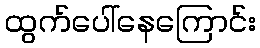
ထွက်ပေါ်နေကြောင်း